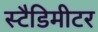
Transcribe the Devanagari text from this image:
स्टैडिमीटर